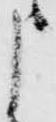
申